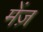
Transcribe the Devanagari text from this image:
मेंज़